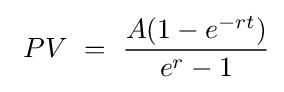
\ PV\ =\ {A(1-e^{-rt}) \over e^{r}-1}